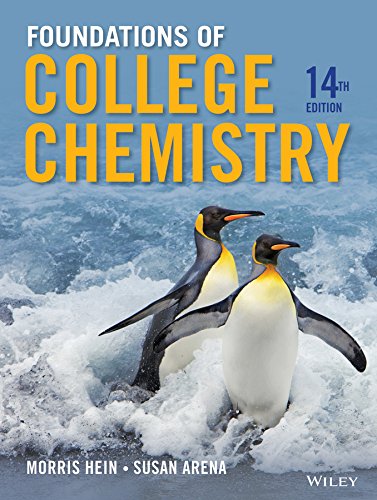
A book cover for Foundations of College Chemistry; Morris Hein; Science & Math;